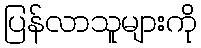
ပြန်လာသူများကို